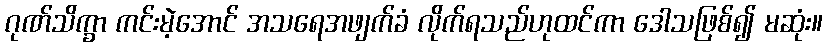
ဂုဏ်သိက္ခာ ကင်းမဲ့အောင် အသရေအဖျက်ခံ လိုက်ရသည်ဟုထင်ကာ ဒေါသဖြစ်၍ မဆုံး။